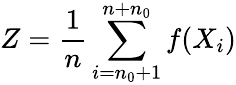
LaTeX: Z=\frac{1}{n}\sum_{i=n_{0}+1}^{n+n_{0}}f(X_{i})